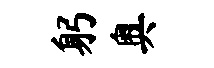
躬奥